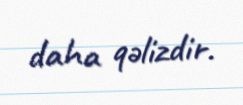
daha qəlizdir.